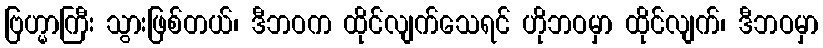
ဗြဟ္မာကြီး သွားဖြစ်တယ်၊ ဒီဘဝက ထိုင်လျက်သေရင် ဟိုဘဝမှာ ထိုင်လျက်၊ ဒီဘဝမှာ